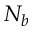
N _ { b }